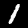
Label: 1